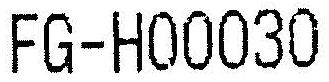
FG-H00030